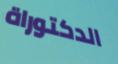
الدكتوراة